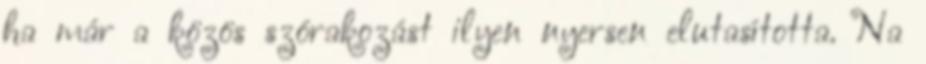
ha már a közös szórakozást ilyen nyersen elutasította. Na